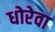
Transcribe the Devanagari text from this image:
धोरेवा